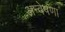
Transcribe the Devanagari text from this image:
अन्वेषणा